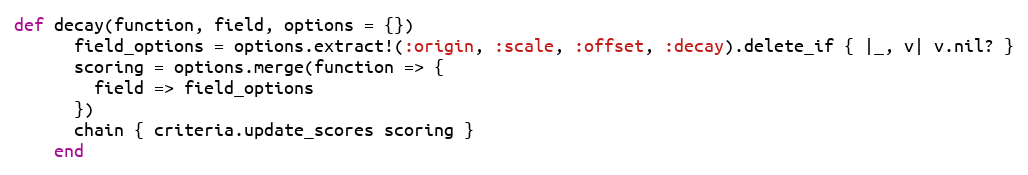
Language: Ruby
def decay(function, field, options = {})
      field_options = options.extract!(:origin, :scale, :offset, :decay).delete_if { |_, v| v.nil? }
      scoring = options.merge(function => {
        field => field_options
      })
      chain { criteria.update_scores scoring }
    end